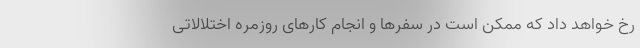
رخ خواهد داد که ممکن است در سفرها و انجام کارهای روزمره اختلالاتی